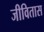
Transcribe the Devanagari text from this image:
जीवितास